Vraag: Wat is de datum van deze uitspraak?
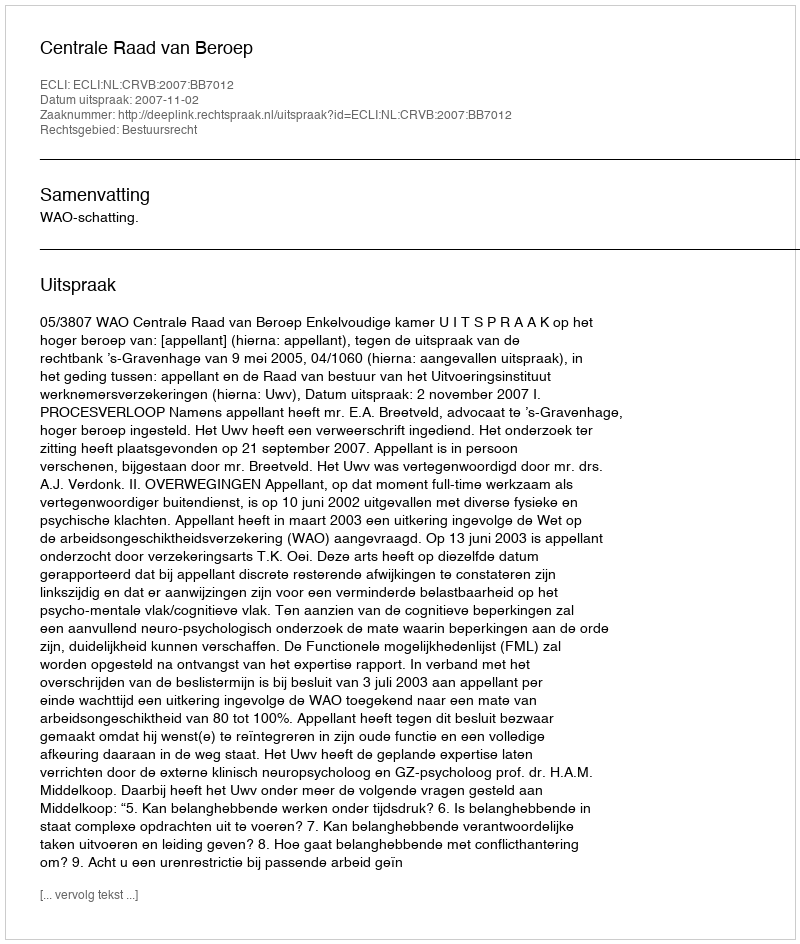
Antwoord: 2007-11-02